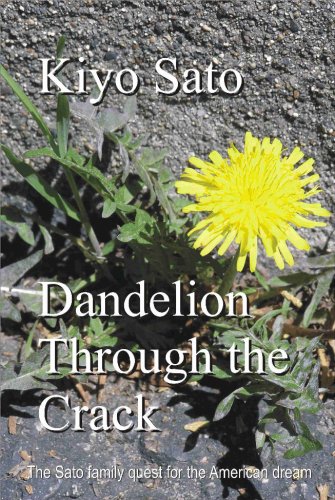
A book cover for Dandelion Through the Crack; Kiyo Sato; Literature & Fiction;